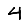
Digit: 4